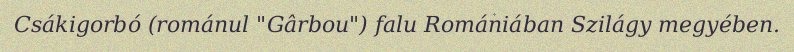
Csákigorbó (románul "Gârbou") falu Romániában Szilágy megyében.